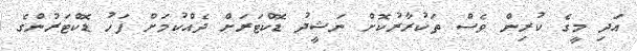
އަދި މީގެ ކުރިން ވެސް ތަކުރާރުކޮށް ނަޝީދު ޑޮކްޓަރަށް ދެއްކުމަށް ފަހު ޑޮކްޓަރުންގެ